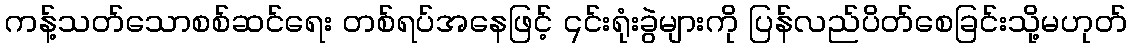
ကန့်သတ်သောစစ်ဆင်ရေး တစ်ရပ်အနေဖြင့် ၎င်းရုံးခွဲများကို ပြန်လည်ပိတ်စေခြင်းသို့မဟုတ်